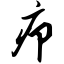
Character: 疖